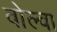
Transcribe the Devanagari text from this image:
वोल्वा